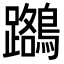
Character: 𪆽